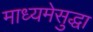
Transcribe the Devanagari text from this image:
माध्यमेसुद्धा